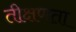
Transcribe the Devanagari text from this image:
तीक्षणता